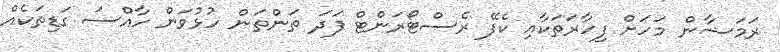
ރަމަޟާން މަހަށް ފިހާރަތަކާއި ކެފޭ ރެސްޓޯރަންޓް ފަދަ ތަންތަން ހުޅުވަން ހާއްސަ ގަޑިތަކެއް